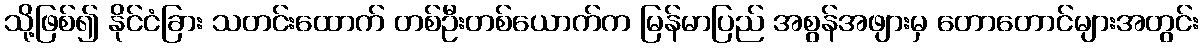
သို့ဖြစ်၍ နိုင်ငံခြား သတင်းထောက် တစ်ဦးတစ်ယောက်က မြန်မာပြည် အစွန်အဖျားမှ တောတောင်များအတွင်း